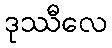
ဒုဿီလေ